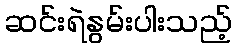
ဆင်းရဲနွမ်းပါးသည့်